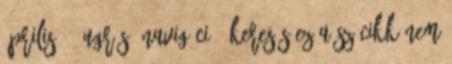
április 8. Ugrás: navigáció, keresés Ez a szócikk nem